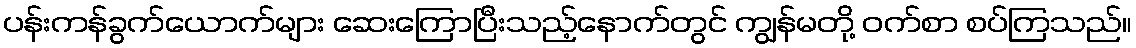
ပန်းကန်ခွက်ယောက်များ ဆေးကြောပြီးသည့်နောက်တွင် ကျွန်မတို့ ဝက်စာ စပ်ကြသည်။